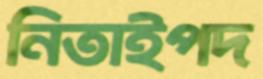
নিতাইপদ